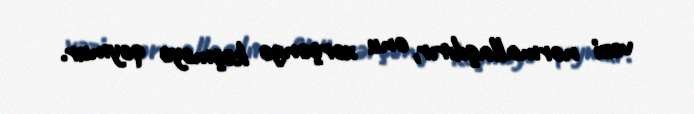
vəzi normallaşdırır, onu xərçəngə keçməyə qoymur.